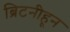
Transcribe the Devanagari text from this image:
ब्रिटनीहून